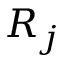
R _ { j }